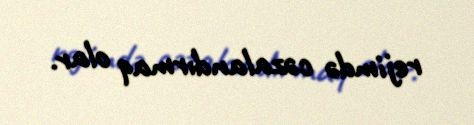
rejimdə cəzalandırmaq olar.